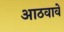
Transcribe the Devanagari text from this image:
आठवावे